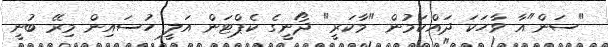
"ސަން"އާ ވާހަކަ ދައްކަމުން "މާކަރީ" ދޯނީގެ ކެޕްޓަން އަލީ ހުސައިން މިރޭ ބުނީ